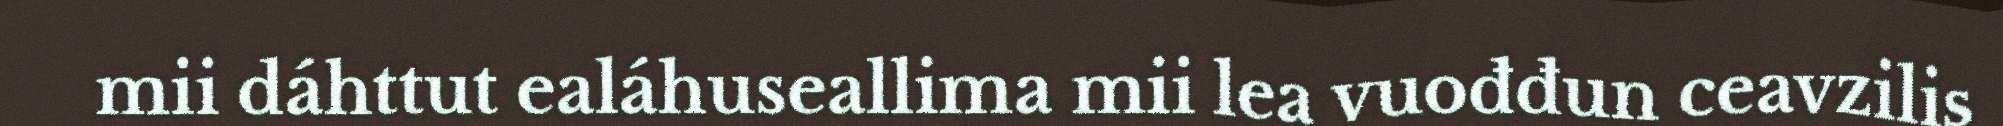
mii dáhttut ealáhuseallima mii lea vuođđun ceavzilis